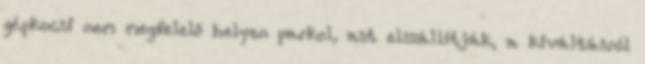
gépkocsi nem megfelelő helyen parkol, azt elszállítják, a kiváltásról